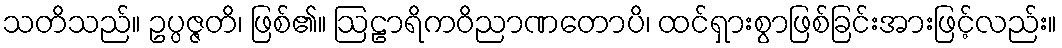
သတိသည်။ ဥပ္ပဇ္ဇတိ၊ ဖြစ်၏။ ဩဠာရိကဝိညာဏတောပိ၊ ထင်ရှားစွာဖြစ်ခြင်းအားဖြင့်လည်း။